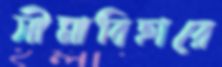
সীমাবিহারে